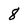
Character: 8